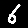
Digit: 6